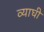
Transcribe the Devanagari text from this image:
व्याघी